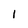
Character: 1